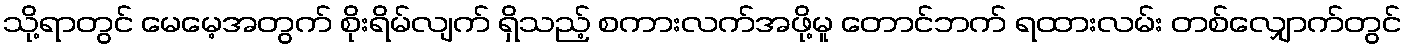
သို့ရာတွင် မေမေ့အတွက် စိုးရိမ်လျက် ရှိသည့် စကားလက်အဖို့မူ တောင်ဘက် ရထားလမ်း တစ်လျှောက်တွင်